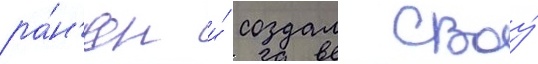
ра́н'ен и́ создал своу́